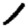
Digit: 1